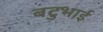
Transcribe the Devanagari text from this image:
बटुभाई